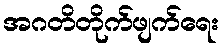
အဂတိတိုက်ဖျက်ရေး